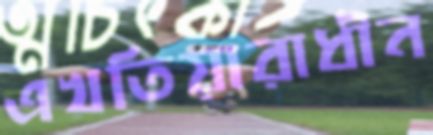
এখতিয়ারাধীন